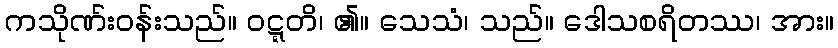
ကသိုဏ်းဝန်းသည်။ ဝဋ္ဋတိ၊ ၏။ သေသံ၊ သည်။ ဒေါသစရိတဿ၊ အား။